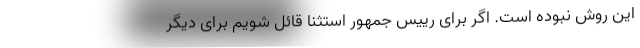
این روش نبوده است. اگر برای رییس جمهور استثنا قائل شویم برای دیگر